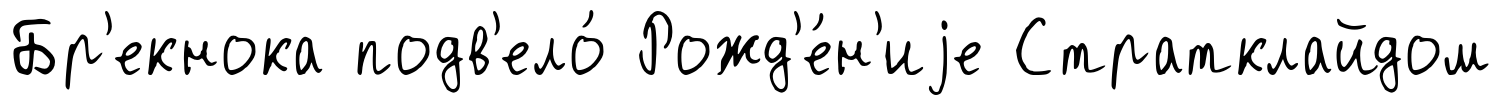
Бр'екнока подв'ело́ Рожд'е́н'иjе Стратклайдом